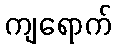
ကျရောက်